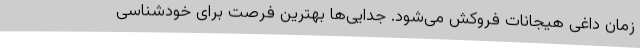
زمان داغی هیجانات فروکش می‌شود. جدایی‌ها بهترین فرصت برای خودشناسی